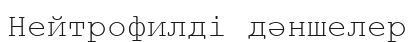
Нейтрофилді дәншелер